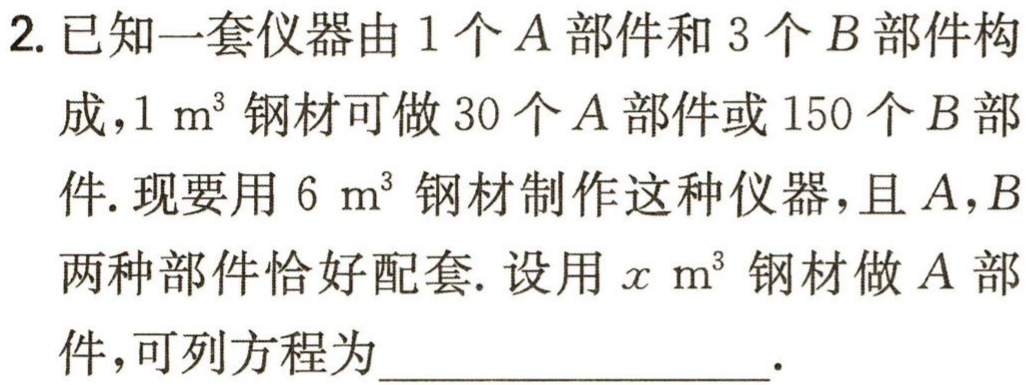
2. 已知一套仪器由 1 个\(A\)部件和 3 个\(B\)部件构成，\(1\mathrm{ m}^{3}\)钢材可做 30 个\(A\)部件或 150 个\(B\)部件. 现要用\(6\mathrm{ m}^{3}\)钢材制作这种仪器，且\(A\)，\(B\)两种部件恰好配套. 设用\(x\mathrm{ m}^{3}\)钢材做\(A\)部件，可列方程为________________.